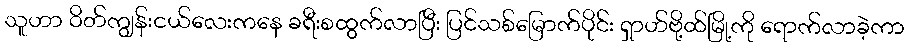
သူဟာ ဝိတ်ကျွန်းငယ်လေးကနေ ခရီးစထွက်လာပြီး ပြင်သစ်မြောက်ပိုင်း ရှာဟ်ဗို့ထ်မြို့ကို ရောက်လာခဲ့ကာ